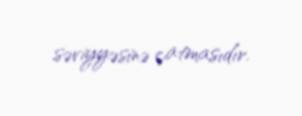
səviyyəsinə çatmasıdır.